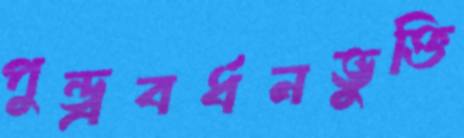
পুন্ড্রবর্ধনভুক্তি